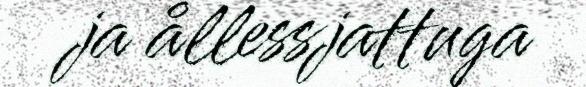
ja ållessjattuga